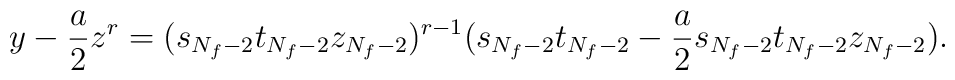
y-\frac{a}{2}z^r=(s_{N_f-2}t_{N_f-2}z_{N_f-2})^{r-1}(s_{N_f-2}t_{N_f-2}-\frac{a}{2}s_{N_f-2}t_{N_f-2}z_{N_f-2}).